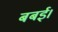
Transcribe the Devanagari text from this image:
बबई।